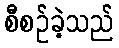
စီစဉ်ခဲ့သည်